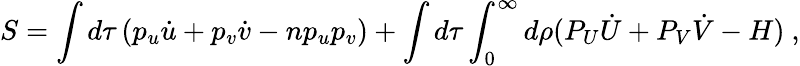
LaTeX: S=\int d\tau\left(p_{u}\dot{u}+p_{v}\dot{v}-np_{u}p_{v}\right)+\int d\tau\int_{0}^{\infty}d\rho(P_{U}\dot{U}+P_{V}\dot{V}-H)\ ,